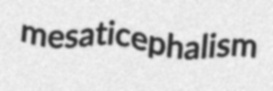
mesaticephalism